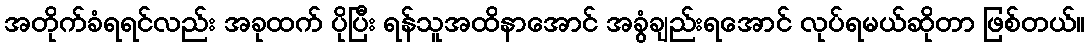
အတိုက်ခံရရင်လည်း အခုထက် ပိုပြီး ရန်သူအထိနာအောင် အခွံချည်းရအောင် လုပ်ရမယ်ဆိုတာ ဖြစ်တယ်။